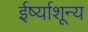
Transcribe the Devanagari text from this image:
ईर्ष्याशून्य